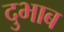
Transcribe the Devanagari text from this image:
दुभाब